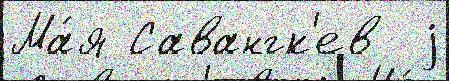
Ма́я Савангк'ев  j